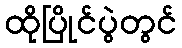
ထိုပြိုင်ပွဲတွင်